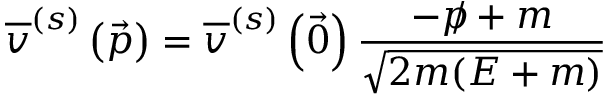
{ \overline { { v } } } ^ { ( s ) } \left( { \vec { p } } \right) = { \overline { { v } } } ^ { ( s ) } \left( { \vec { 0 } } \right) { \frac { - { p \! \! \! / } + m } { \sqrt { 2 m ( E + m ) } } }